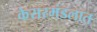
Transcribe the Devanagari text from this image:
केसरमंडलात